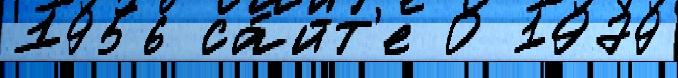
1956 са́йт'е 0 1979